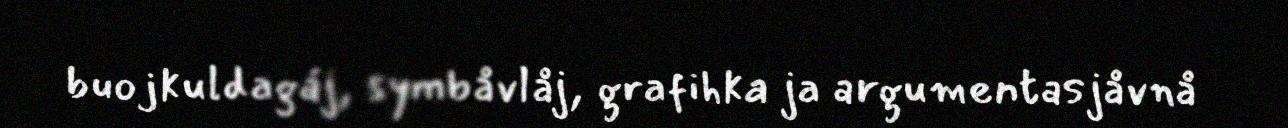
buojkuldagáj, symbåvlåj, grafihka ja argumentasjåvnå